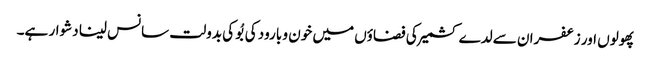
پھولوں اور زعفران سے لدے کشمیر کی فضاؤں میں خون و بارود کی بُو کی بدولت سانس لینا دشوار ہے۔